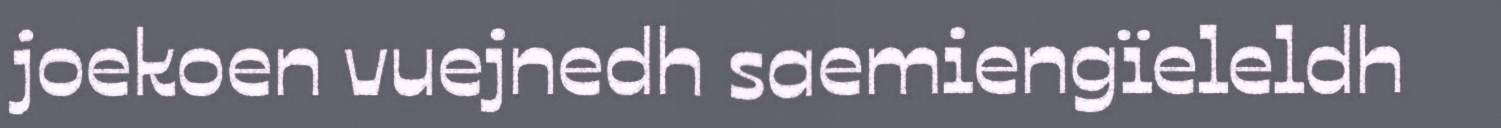
joekoen vuejnedh saemiengïeleldh